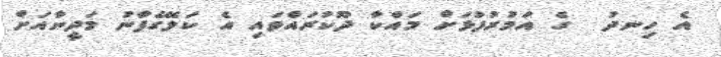
އެ ހިނދު  ގެ އަމުރުފުޅަށް މައްކާ ދޫކުރައްވައި އެ ކަލޭގެފާނު މަދީނާއަށް